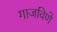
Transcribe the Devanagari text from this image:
गाजविणे